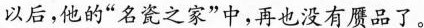
以后，他的“名瓷之家”中，再也没有赝品了。